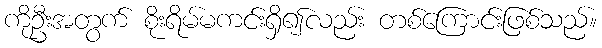
ကိုဦးအတွက် စိုးရိမ်မကင်းရှိ၍လည်း တစ်ကြောင်းဖြစ်သည်။